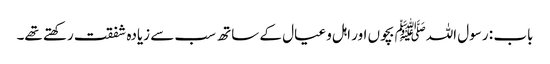
باب : رسول اللہﷺ بچوں اور اہل و عیال کے ساتھ سب سے زیادہ شفقت رکھتے تھے۔